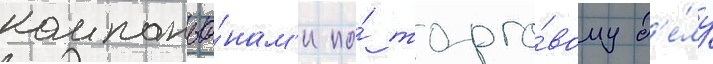
компаньо́нам'и по́ торго́вому д'е́лу